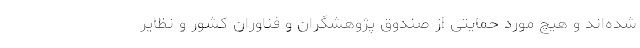
شده‌اند و هیچ مورد حمایتی از صندوق پژوهشگران و فناوران کشور و نظایر